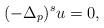
LaTeX: \begin{align*}(-\Delta_p)^s u=0,\end{align*}